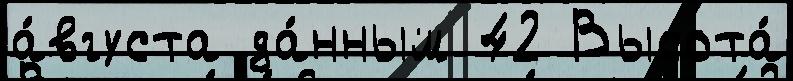
а́вгуста да́нным 42 Высота́